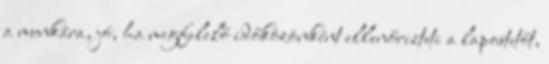
a munkára, jó, ha megfelelő időközönként ellenőrizteti a lapostetőt,